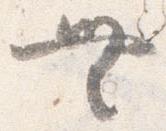
無